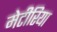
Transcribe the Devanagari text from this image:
मेटीरिया